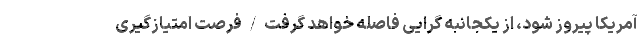
آمریکا پیروز شود، از یکجانبه گرایی فاصله خواهد گرفت / فرصت امتیازگیری